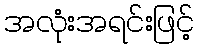
အလုံးအရင်းဖြင့်